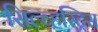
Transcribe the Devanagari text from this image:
सिल्व्हस्ट्रिस